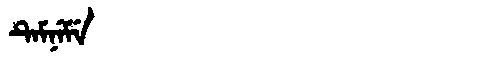
Manchu: ᡨᡝᠮᠨᡝᠮᡝ
Romanization: TEMNEME